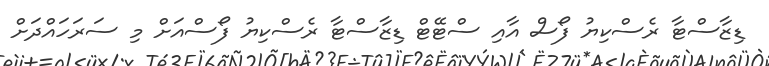
ޑިޒާސްޓާ ރެސްކިޔު ފޯސް އާއި ސްޓޭޓް ޑިޒާސްޓާ ރެސްކިޔު ފޯސްއަށް މި ސަރަހައްދަށް